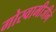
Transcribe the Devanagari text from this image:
गोस्वामीजीने